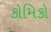
કોમિકો